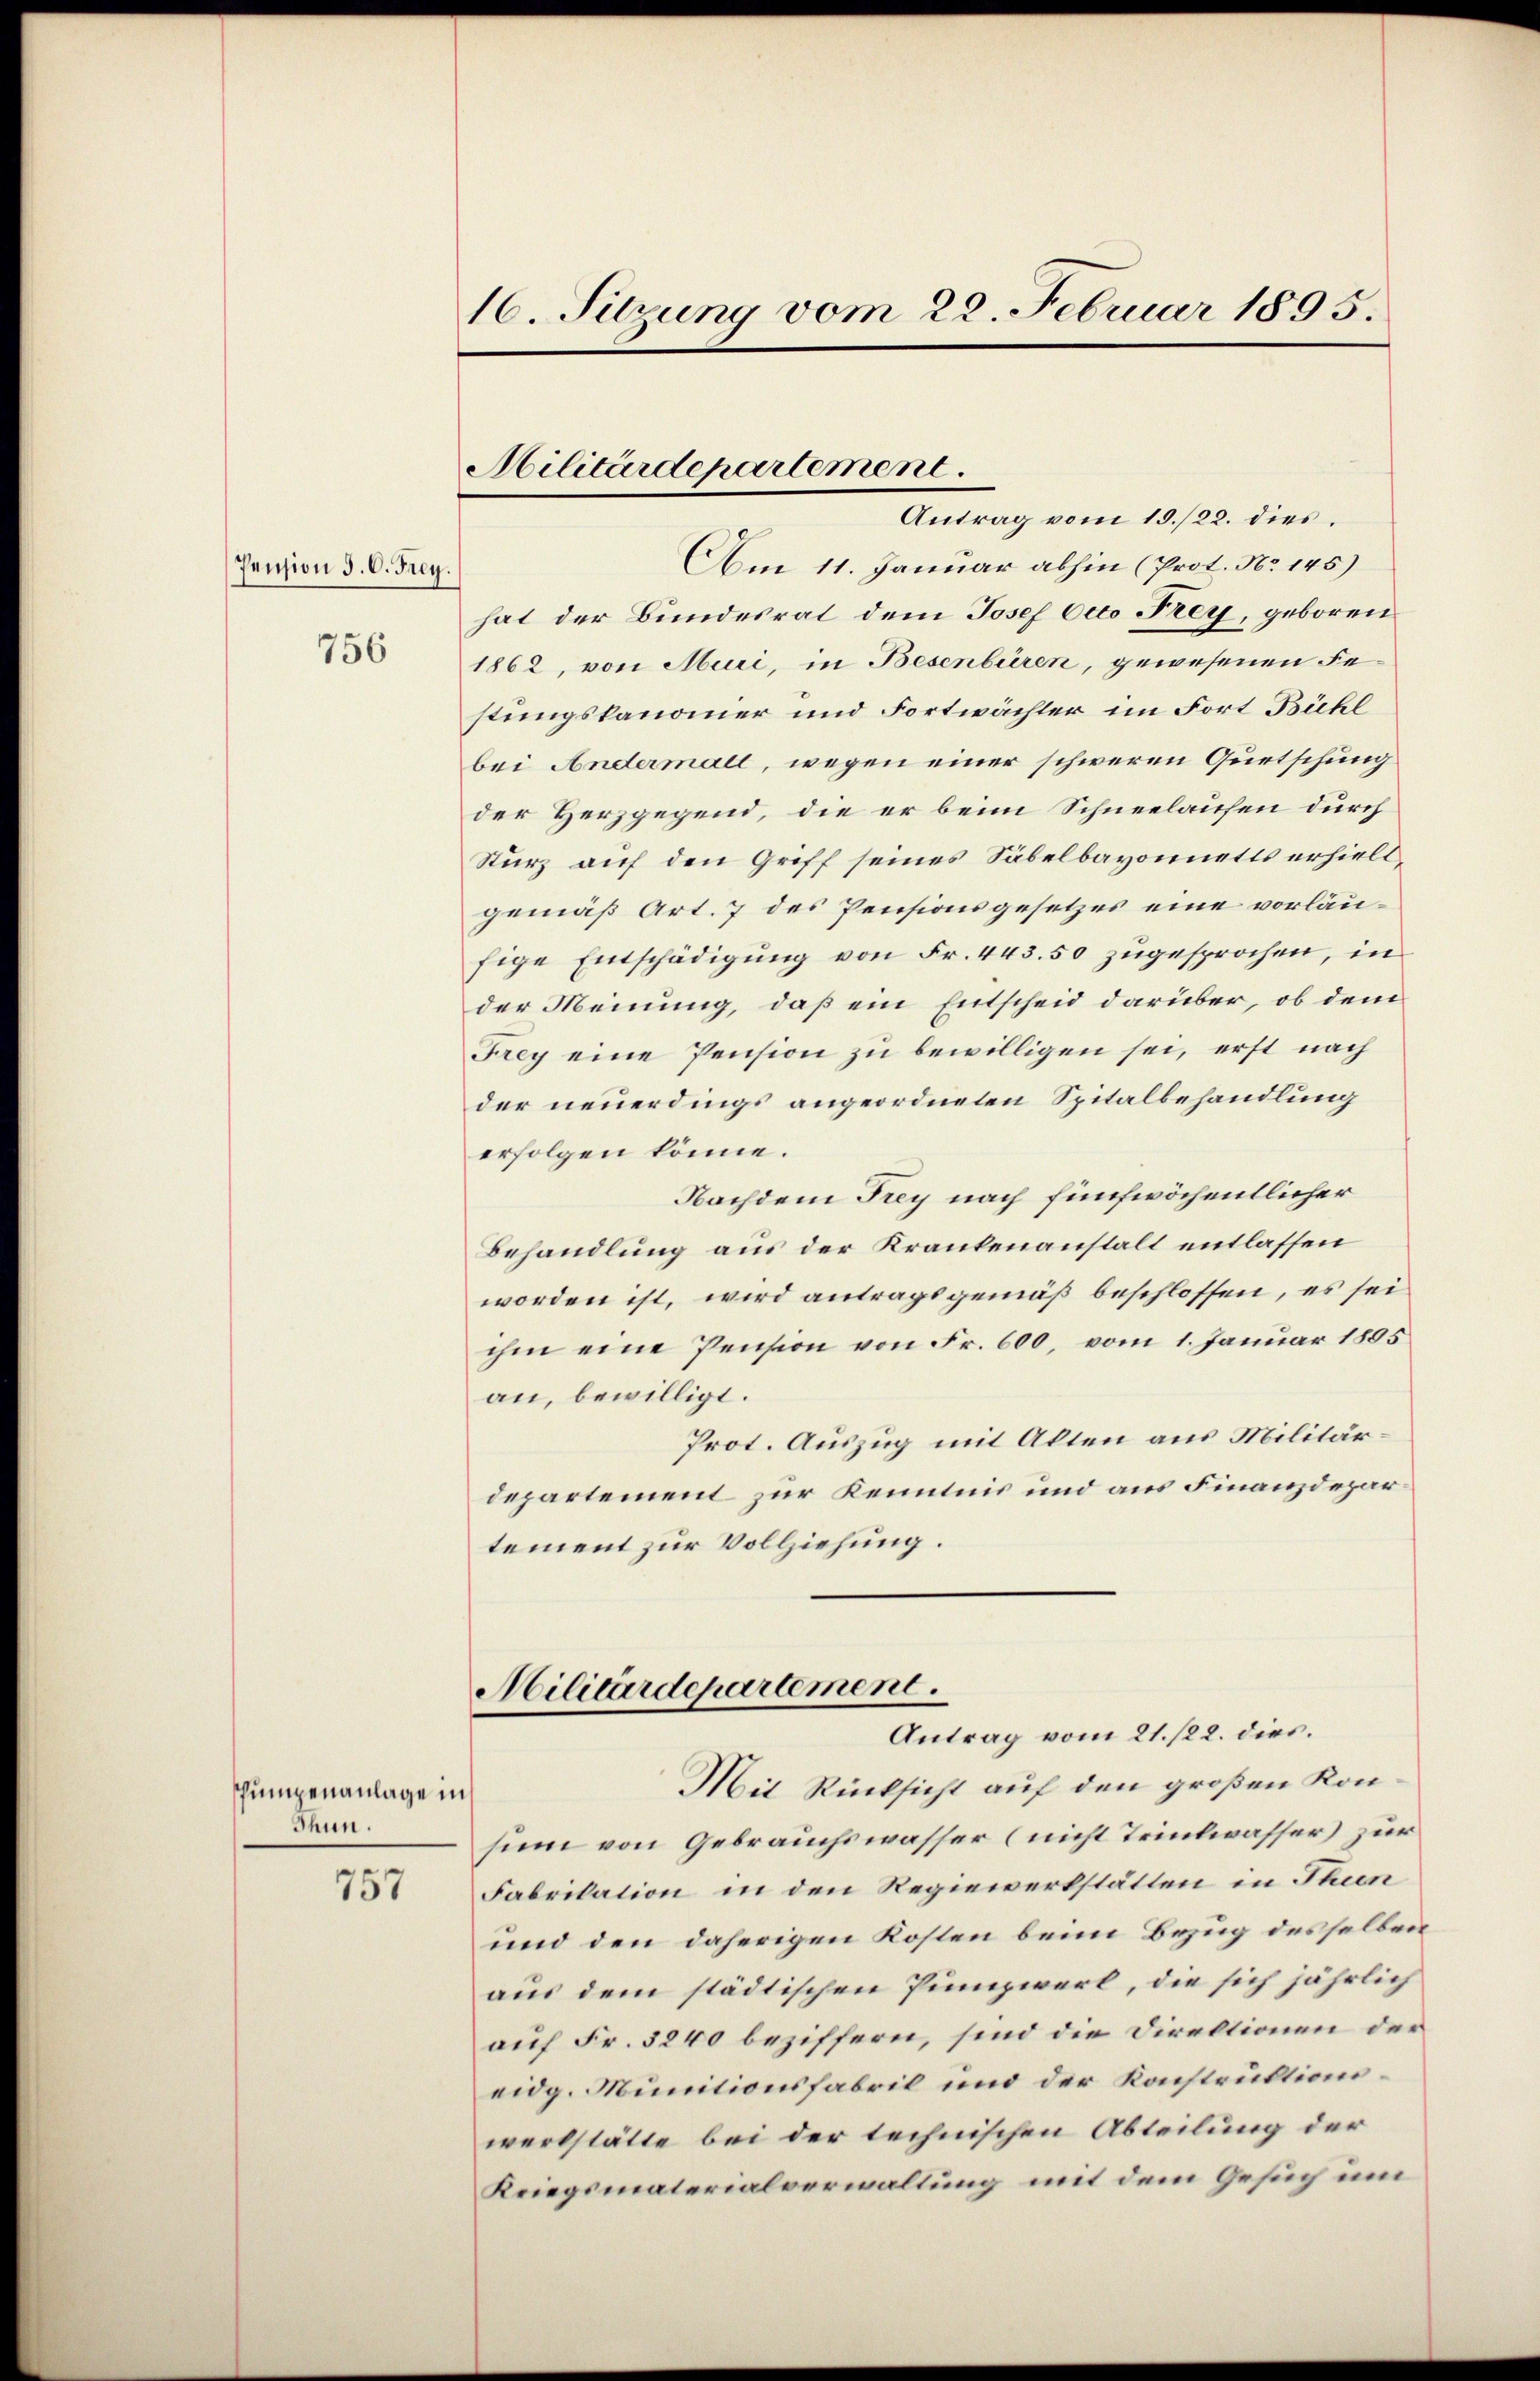
Pension d. C. Frey.

756

humpenanlage in
Thun.

757

16. Sitzung vom 22. Februar 1895.

Militärdepartement
Antrag vom 15./22. dies

Am 11. Januar abhin (Prot. No 145)
hat der Bundesrat dem Josef Otto Frey, geboren
1862, von Muri, in Besenbüren, gewesenen Festungskanoner und Fortwächter im Fort Bühl
bei Andermall, wegen einer schweren Quetschung
der Herzgegend, die er beim Schneelaufen durch
Sturz auf den Griff seines Säbelbayonnetts erhielt,
gemäß Art. 7 des Pensionsgesetzes eine vorläufige Entschädigung von Fr. 443. 50 zugesprochen, in
der Meinung, daß ein Entscheid darüber, ob dem
Frey eine Pension zu bewilligen sei, erst nach
der neuerdings angeordneten Spitalbehandlung
erfolgen könne.
Nachdem Frey nach fünfwöchentlicher
Behandlung aus der Krankenanstalt entlassen
worden ist, wird antragsgemäß beschlossen, es sei
ihm eine Pension von Fr. 600, vom 1. Januar 1805
an, bewilligt.
Prot. Auszug mit Alten aus Militärdepartement zur Kenntnis und aus Finanzdepartement zur Vollziehung.
Militärdepartement.
Antrag vom 21. 122. dies.
Mit Rücksicht auf den großen Konsinn von Gebrauchswasser (nicht Trinkwasser) zur
Fabrikation in den Regiewerkstätten in Thun
und den daherigen Kosten beim Bezug desselben
aus dem städtischen Punzwerk, die sich jährlich
auf Fr. 3840 beziffern, sind die Direktionen der
eidg. Munitionsfabrik und der Konstruktionswerkstätte bei der technischen Abteilung der
Kriegsmaterialverwaltung mit dem Gesuch um